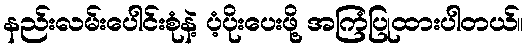
နည်းလမ်းပေါင်းစုံနဲ့ ပံ့ပိုးပေးဖို့ အကြံပြုထားပါတယ်။